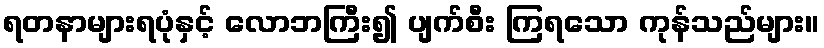
ရတနာများရပုံနှင့် လောဘကြီး၍ ပျက်စီး ကြရသော ကုန်သည်များ။